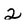
Character: 2